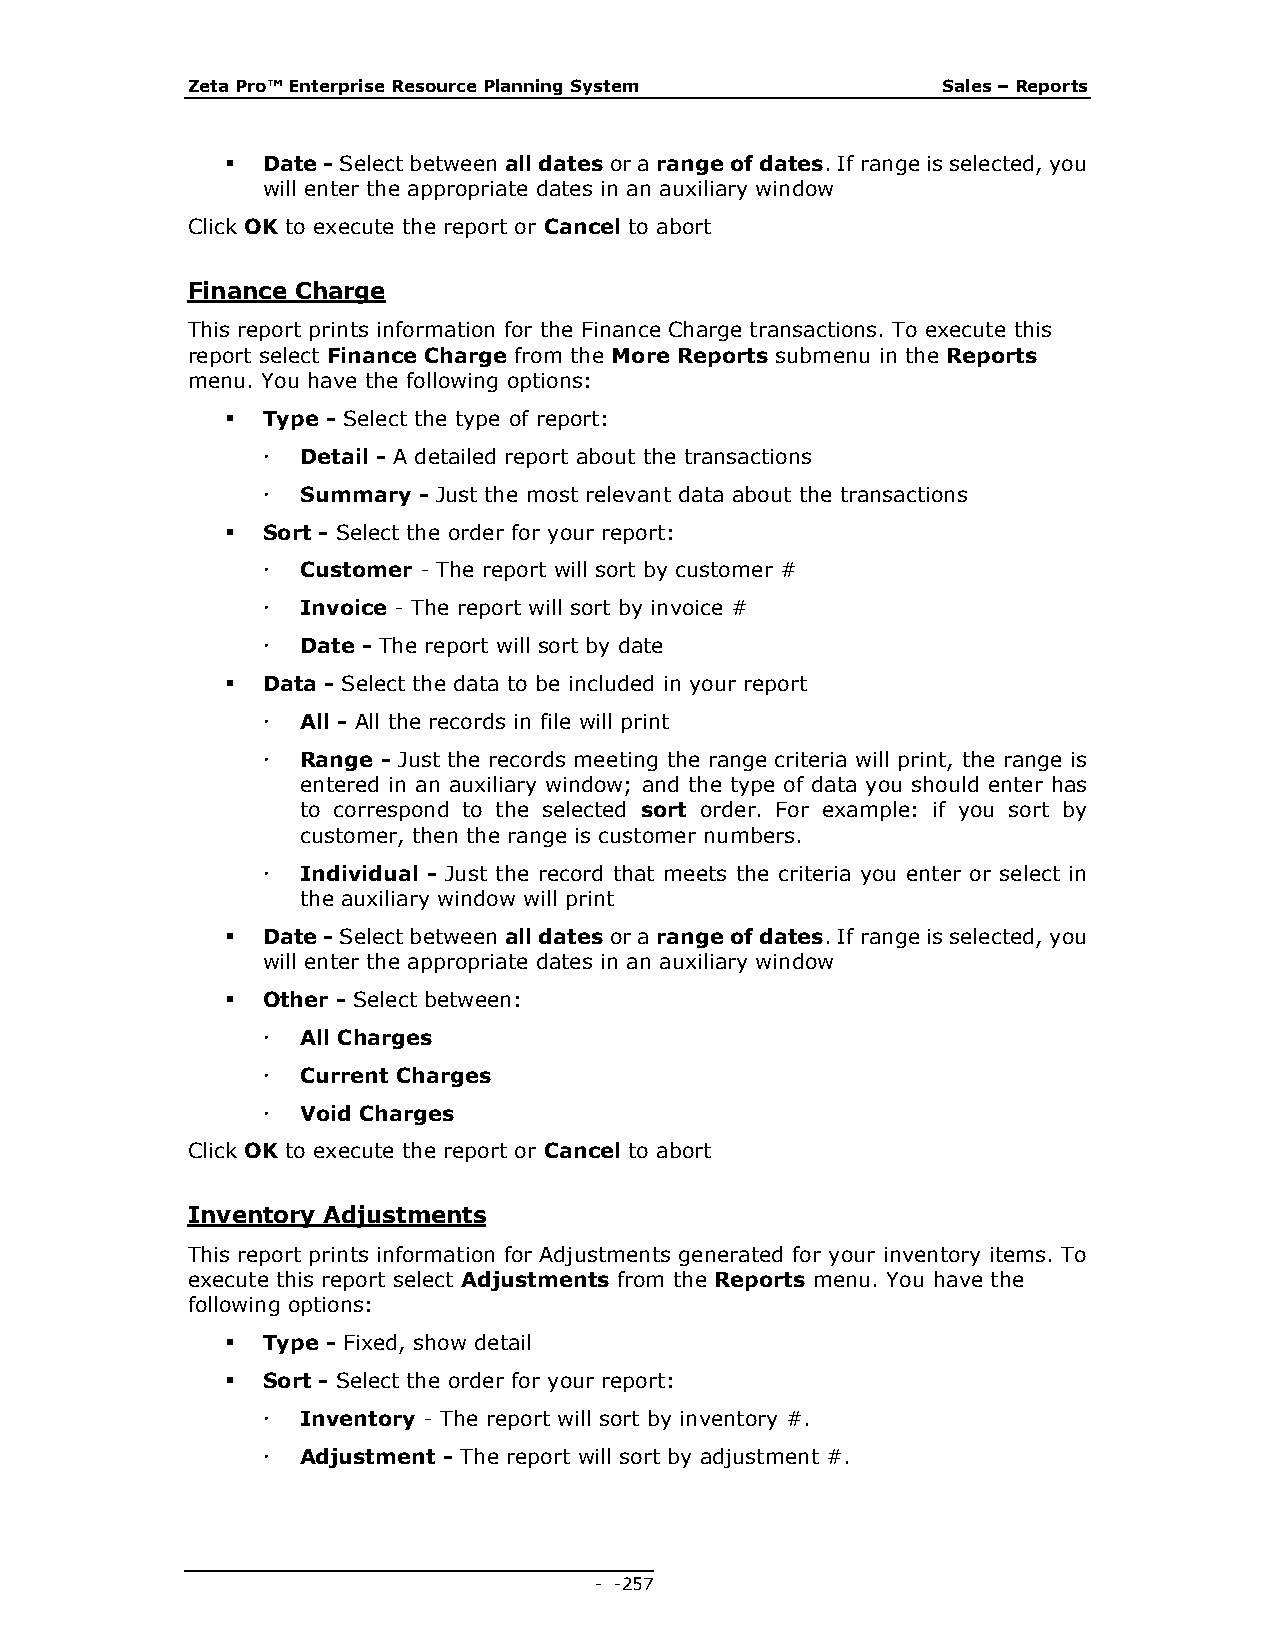
Zeta Pro™ Enterprise Resource Planning System     Sales – Reports
  Date - Select between all dates or a range of dates. If range is selected, you
 will enter the appropriate dates in an auxiliary window
 Click OK to execute the report or Cancel to abort
 Finance Charge
 This report prints information for the Finance Charge transactions. To execute this
 report select Finance Charge from the More Reports submenu in the Reports
 menu. You have the following options:
  Type - Select the type of report:
   Detail - A detailed report about the transactions
   Summary - Just the most relevant data about the transactions
  Sort - Select the order for your report:
   Customer - The report will sort by customer #
   Invoice - The report will sort by invoice #
   Date - The report will sort by date
  Data - Select the data to be included in your report
   All - All the records in file will print
   Range - Just the records meeting the range criteria will print, the range is
 entered in an auxiliary window; and the type of data you should enter has
 to correspond to the selected sort order. For example: if you sort by
 customer, then the range is customer numbers.
   Individual - Just the record that meets the criteria you enter or select in
 the auxiliary window will print
  Date - Select between all dates or a range of dates. If range is selected, you
 will enter the appropriate dates in an auxiliary window
  Other - Select between:
   All Charges
   Current Charges
   Void Charges
 Click OK to execute the report or Cancel to abort
 Inventory Adjustments
 This report prints information for Adjustments generated for your inventory items. To
 execute this report select Adjustments from the Reports menu. You have the
 following options:
  Type - Fixed, show detail
  Sort - Select the order for your report:
   Inventory - The report will sort by inventory #.
   Adjustment - The report will sort by adjustment #.
 - - 257